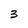
Character: 3